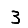
Digit: 3